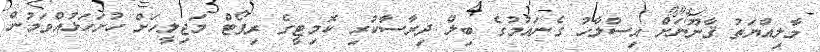
މާލިއްޔަތު ޤާނޫނަށް އިސްލާހު ގެނައުމުގެ ބިލް ދިރާސާކުރި ކޮމިޓީގެ ރިޕޯޓް މަޖިލީހަށް ހުށަހަޅުއްވަމުން